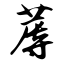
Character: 蓐